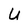
Character: U